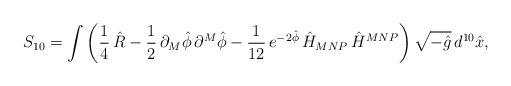
LaTeX: \begin{align*}S_{10}=\int \left(\frac{1}{4}\,\hat{R}-\frac{1}{2}\,\partial_{M}\hat{\phi}\,\partial ^{M}\hat{\phi}-\frac{1}{12}\,e^{-2\hat{\phi}}\,\hat{H}_{MNP}\,\hat{H}^{MNP}\right)\sqrt{-\hat{g}}\,d^{10}\hat{x}, \end{align*}